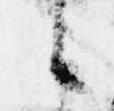
候